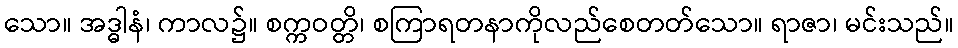
သော။ အဒ္ဓါနံ၊ ကာလ၌။ စက္ကဝတ္တိ၊ စကြာရတနာကိုလည်စေတတ်သော။ ရာဇာ၊ မင်းသည်။